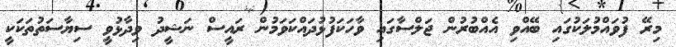
މިރޭ ފުވައްމުލަކުގައި ބޭއްވި އެއްބުރުން ޖަލްސާގައި ވާހަކަފުޅުދައްކަވަމުން ރައީސް ނަޝީދު ވިދާޅުވީ ސިޔާސަތުތަކަކީ